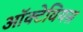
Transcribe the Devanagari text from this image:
ऑक्टेवियस